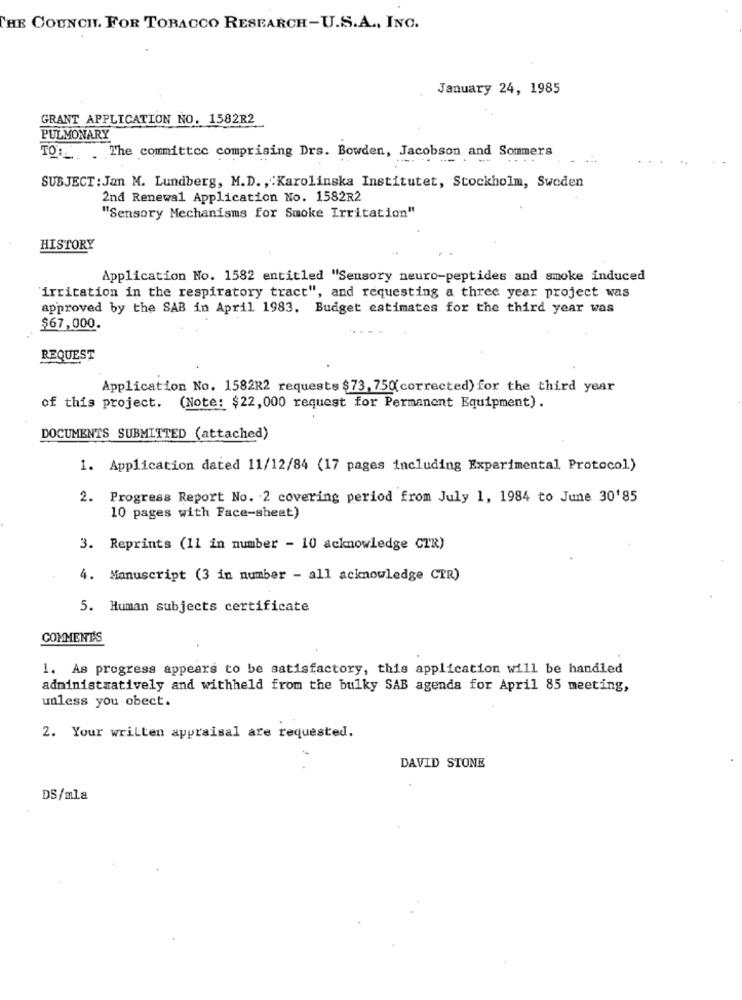
THE COUNCIL FOR TOBACCO RESEARCH-U.S.A ., INC.
January 24, 1985
GRANT APPLICATION NO. 1582R2
PULMONARY
TO :__ . The committee comprising Drs. Bowden, Jacobson and Sommers
....
SUBJECT : Jan M. Lundberg, M.D ., Karolinska Institutet, Stockholm, Sweden
2nd Renewal Application No. 1582R2
"Sensory Mechanisms for Smoke Irritation"
HISTORY
Application No. 1582 entitled "Sensory neuro-peptides and smoke induced
irritation in the respiratory tract", and requesting a three year project was
approved by the SAB in April 1983. Budget estimates for the third year was
$67,000.
REQUEST
Application No. 1582R2 requests $73, 750(corrected) for the third year
of this project.
(Note: $22,000 request for Permanent Equipment).
DOCUMENTS SUBMITTED (attached)
1. Application dated 11/12/84 (17 pages including Experimental Protocol)
2. Progress Report No. 2 covering period from July 1, 1984 to June 30'85
10 pages with Face-sheet)
3. Reprints (11 in number - 10 acknowledge CTR)
4. Manuscript (3 in number - all acknowledge CTR)
5. Human subjects certificate
COMMENTS
1. As progress appears to be satisfactory, this application will be handled
administratively and withheld from the bulky SAB agenda for April 85 meeting,
unless you obect.
2. Your written appraisal are requested.
DAVID STONE
DS/mla